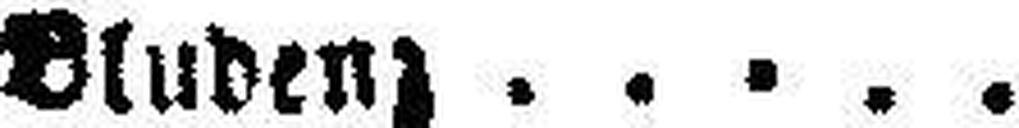
Bludenz